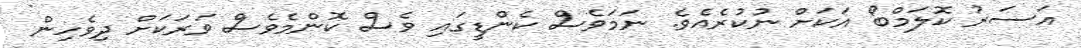
އަސަރު ކޮލަމްބޯ އަކަށް ނުކުރެއެވެ. ނަމަވެސް ކެންޑީގައި ވެސް ކޮންމެވެސް ވަރަކަށް ދިވެހިން